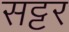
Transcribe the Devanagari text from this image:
सट्टर